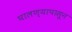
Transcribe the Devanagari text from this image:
घालण्यापासून